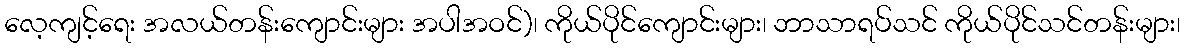
လေ့ကျင့်ရေး အလယ်တန်းကျောင်းများ အပါအဝင်)၊ ကိုယ်ပိုင်ကျောင်းများ၊ ဘာသာရပ်သင် ကိုယ်ပိုင်သင်တန်းများ၊